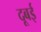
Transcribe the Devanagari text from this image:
दूबई